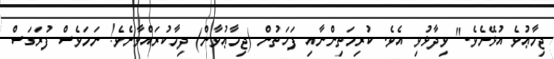
ޖިމާޢުވެ އުޅޭށެވެ." ވިދާޅުވި އެވެ. ކުރިމަތިންނާއި ފަހަތުން (ޖިމާޢުވާން) ދިމާކުރައްވާށެވެ! ނަމަވެސް ފުރަގަސް